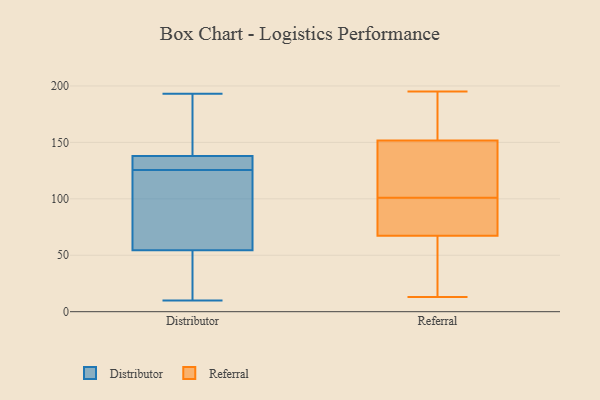
{"axis": {"x": "Latency (ms)", "y": "Value"}, "legend": ["Distributor", "Referral"], "data": [{"x": "", "y": 138, "type": "Distributor"}, {"x": "", "y": 56, "type": "Distributor"}, {"x": "", "y": 88, "type": "Distributor"}, {"x": "", "y": 57, "type": "Distributor"}, {"x": "", "y": 15, "type": "Distributor"}, {"x": "", "y": 127, "type": "Distributor"}, {"x": "", "y": 124, "type": "Distributor"}, {"x": "", "y": 193, "type": "Distributor"}, {"x": "", "y": 128, "type": "Distributor"}, {"x": "", "y": 57, "type": "Distributor"}, {"x": "", "y": 29, "type": "Distributor"}, {"x": "", "y": 142, "type": "Distributor"}, {"x": "", "y": 40, "type": "Distributor"}, {"x": "", "y": 10, "type": "Distributor"}, {"x": "", "y": 138, "type": "Distributor"}, {"x": "", "y": 156, "type": "Distributor"}, {"x": "", "y": 53, "type": "Distributor"}, {"x": "", "y": 129, "type": "Distributor"}, {"x": "", "y": 133, "type": "Distributor"}, {"x": "", "y": 152, "type": "Distributor"}, {"x": "", "y": 136, "type": "Referral"}, {"x": "", "y": 195, "type": "Referral"}, {"x": "", "y": 101, "type": "Referral"}, {"x": "", "y": 92, "type": "Referral"}, {"x": "", "y": 180, "type": "Referral"}, {"x": "", "y": 157, "type": "Referral"}, {"x": "", "y": 40, "type": "Referral"}, {"x": "", "y": 103, "type": "Referral"}, {"x": "", "y": 13, "type": "Referral"}, {"x": "", "y": 76, "type": "Referral"}, {"x": "", "y": 130, "type": "Referral"}, {"x": "", "y": 161, "type": "Referral"}, {"x": "", "y": 36, "type": "Referral"}, {"x": "", "y": 111, "type": "Referral"}, {"x": "", "y": 14, "type": "Referral"}, {"x": "", "y": 86, "type": "Referral"}, {"x": "", "y": 68, "type": "Referral"}, {"x": "", "y": 67, "type": "Referral"}, {"x": "", "y": 160, "type": "Referral"}]}